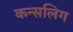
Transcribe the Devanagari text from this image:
कन्सलिग